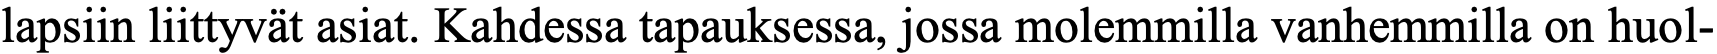
lapsiin liittyvät asiat. Kahdessa tapauksessa, jossa molemmilla vanhemmilla on huol-